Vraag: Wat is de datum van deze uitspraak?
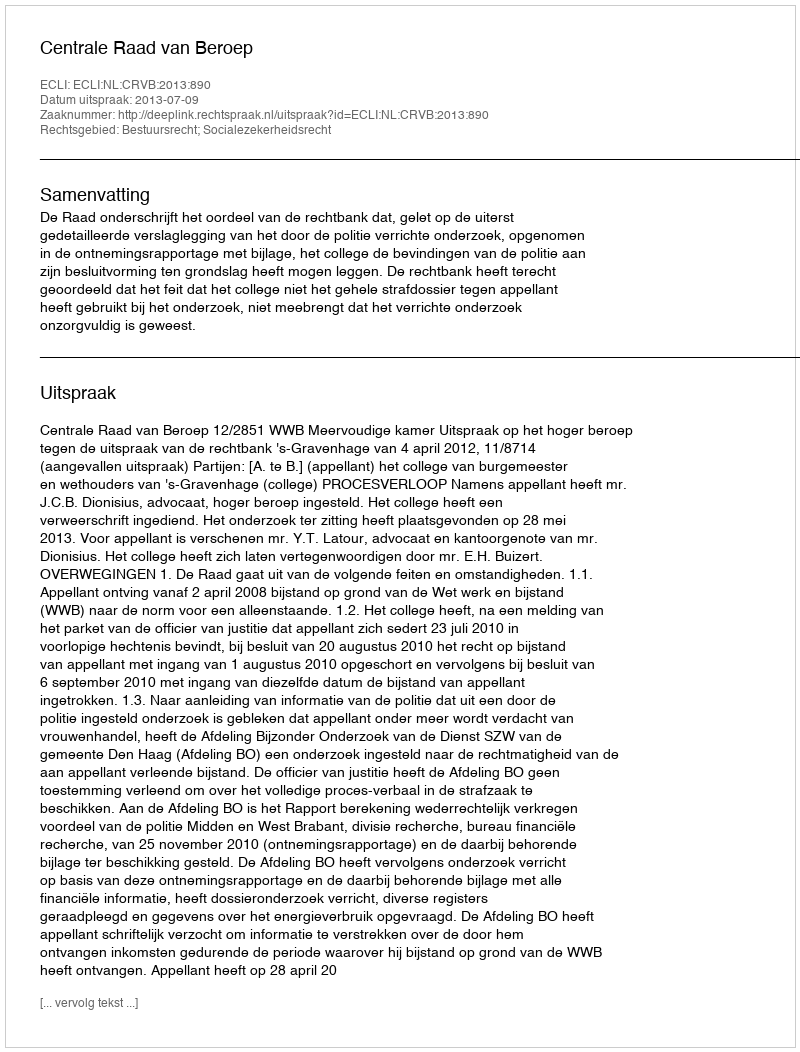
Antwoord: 2013-07-09